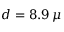
d = 8 . 9 \, \mu